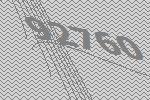
92760